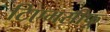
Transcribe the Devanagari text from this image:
टिएमसीफू